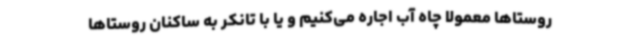
روستاها معمولا چاه آب اجاره می‌کنیم و یا با تانکر به ساکنان روستاها